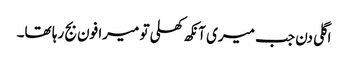
اگلی دن جب میری آنکھ کھلی تو میرا فون بج رہا تھا۔